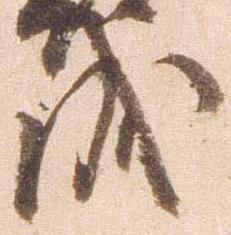
成